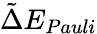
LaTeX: \tilde{\Delta}E_{Pauli}